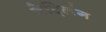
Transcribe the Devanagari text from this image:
वेट्लिंग